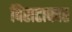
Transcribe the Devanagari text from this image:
विराटाकार